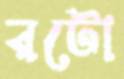
রটো